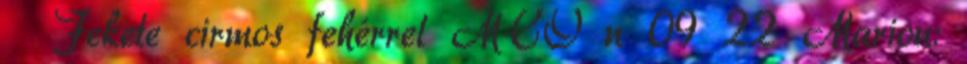
♀ Fekete cirmos fehérrel MCO n 09 22 Marion: